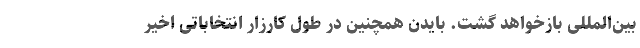
بین‌المللی بازخواهد گشت. بایدن همچنین در طول کارزار انتخاباتی اخیر